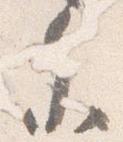
参